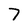
Character: 7